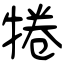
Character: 犈